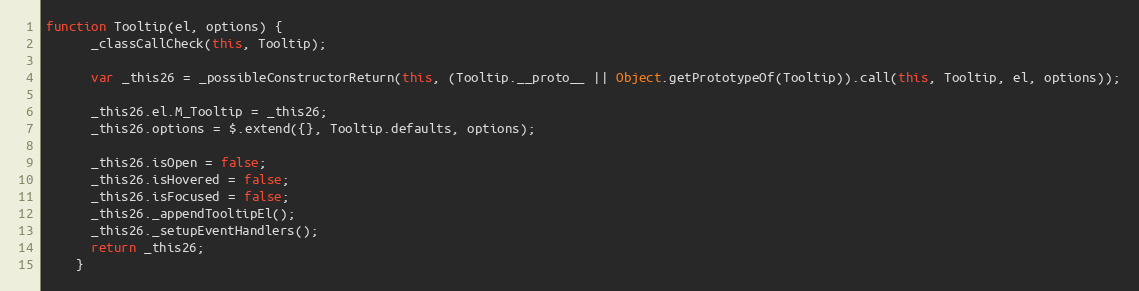
Language: JavaScript
function Tooltip(el, options) {
      _classCallCheck(this, Tooltip);

      var _this26 = _possibleConstructorReturn(this, (Tooltip.__proto__ || Object.getPrototypeOf(Tooltip)).call(this, Tooltip, el, options));

      _this26.el.M_Tooltip = _this26;
      _this26.options = $.extend({}, Tooltip.defaults, options);

      _this26.isOpen = false;
      _this26.isHovered = false;
      _this26.isFocused = false;
      _this26._appendTooltipEl();
      _this26._setupEventHandlers();
      return _this26;
    }